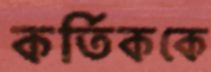
কর্তিককে